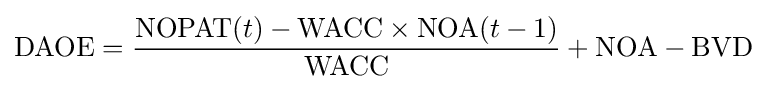
\mathrm {DAOE} ={\frac {{\mbox{NOPAT}}(t)-{\mbox{WACC}}\times {\mbox{NOA}}(t-1)}{\mbox{WACC}}}+{\mbox{NOA}}-{\mbox{BVD}}